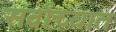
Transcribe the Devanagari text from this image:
सर्वांच्यात